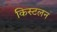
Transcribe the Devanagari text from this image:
किस्टलन